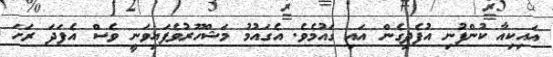
އައިކިއާ ކުންފުނި އުފެދިގެން އައި ގައުމެވެ. އެގައުމު މަޝްހޫރުވެފައިވަނީ ވެސް އެފަދަ ރަހަ